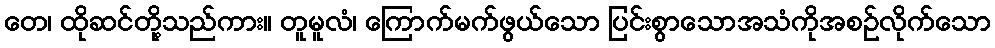
တေ၊ ထိုဆင်တို့သည်ကား။ တူမူလံ၊ ကြောက်မက်ဖွယ်သော ပြင်းစွာသောအသံကိုအစဉ်လိုက်သော